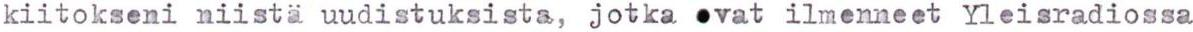
kiitokseni niistä uudistuksista, jotka ovat ilmenneet Yleisradiossa